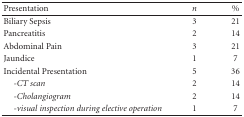
<table><thead><tr><td><b>Presentation</b></td><td><b><i>n</i></b></td><td><b>%</b></td></tr></thead><tbody><tr><td>Biliary Sepsis</td><td>3</td><td>21</td></tr><tr><td>Pancreatitis</td><td>2</td><td>14</td></tr><tr><td>Abdominal Pain</td><td>3</td><td>21</td></tr><tr><td>Jaundice</td><td>1</td><td>7</td></tr><tr><td>Incidental Presentation</td><td>5</td><td>36</td></tr><tr><td><i> </i><i>-CT scan </i></td><td>2</td><td>14</td></tr><tr><td><i> </i><i>-Cholangiogram </i></td><td>2</td><td>14</td></tr><tr><td><i> </i><i>-visual inspection during elective operation </i></td><td>1</td><td>7</td></tr></tbody></table>